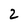
Character: 2